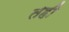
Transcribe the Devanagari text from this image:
तही